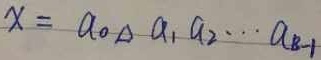
\[X = a_0\Delta a_1 a_2\cdots a_{k - 1}\]